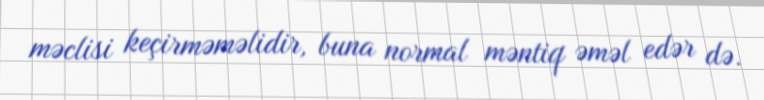
məclisi keçirməməlidir, buna normal məntiq əməl edər də.